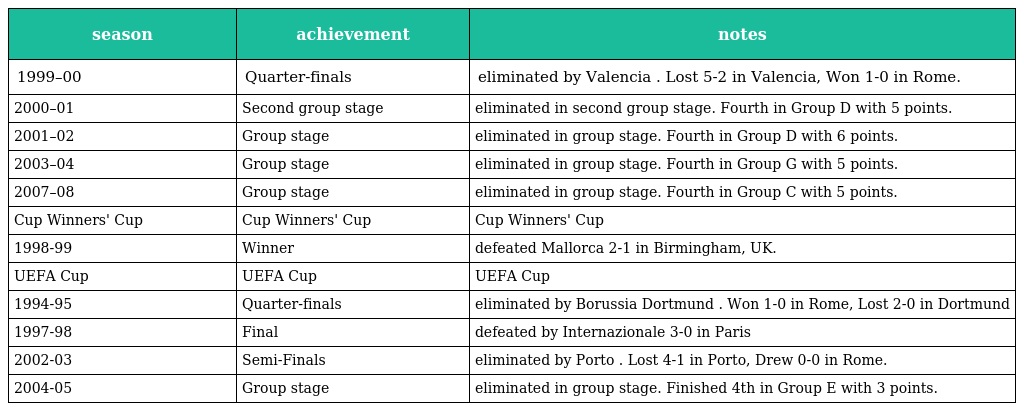
| season | achievement | notes |
 | --- | --- | --- |
 | 1999–00 | Quarter-finals | eliminated by Valencia . Lost 5-2 in Valencia, Won 1-0 in Rome. |
 | 2000–01 | Second group stage | eliminated in second group stage. Fourth in Group D with 5 points. |
 | 2001–02 | Group stage | eliminated in group stage. Fourth in Group D with 6 points. |
 | 2003–04 | Group stage | eliminated in group stage. Fourth in Group G with 5 points. |
 | 2007–08 | Group stage | eliminated in group stage. Fourth in Group C with 5 points. |
 | Cup Winners' Cup | Cup Winners' Cup | Cup Winners' Cup |
 | 1998-99 | Winner | defeated Mallorca 2-1 in Birmingham, UK. |
 | UEFA Cup | UEFA Cup | UEFA Cup |
 | 1994-95 | Quarter-finals | eliminated by Borussia Dortmund . Won 1-0 in Rome, Lost 2-0 in Dortmund |
 | 1997-98 | Final | defeated by Internazionale 3-0 in Paris |
 | 2002-03 | Semi-Finals | eliminated by Porto . Lost 4-1 in Porto, Drew 0-0 in Rome. |
 | 2004-05 | Group stage | eliminated in group stage. Finished 4th in Group E with 3 points. |